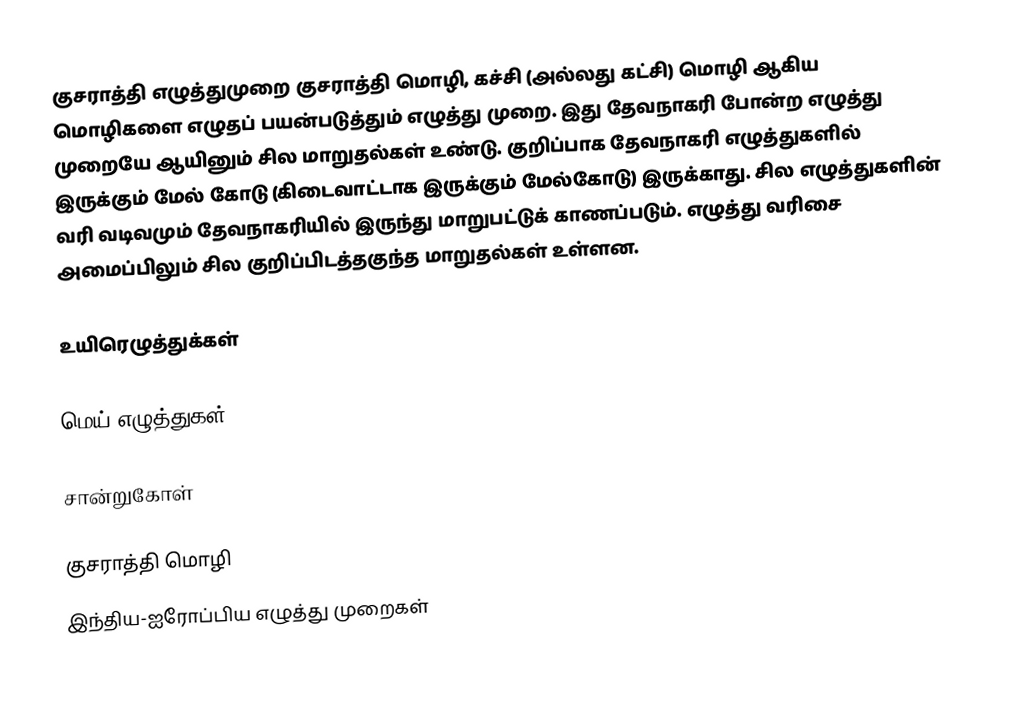
குசராத்தி எழுத்துமுறை குசராத்தி மொழி, கச்சி (அல்லது கட்சி) மொழி ஆகிய மொழிகளை எழுதப் பயன்படுத்தும் எழுத்து முறை. இது தேவநாகரி போன்ற எழுத்து முறையே ஆயினும் சில மாறுதல்கள் உண்டு. குறிப்பாக தேவநாகரி எழுத்துகளில் இருக்கும் மேல் கோடு (கிடைவாட்டாக இருக்கும் மேல்கோடு) இருக்காது. சில எழுத்துகளின் வரி வடிவமும் தேவநாகரியில் இருந்து மாறுபட்டுக் காணப்படும். எழுத்து வரிசை அமைப்பிலும் சில குறிப்பிடத்தகுந்த மாறுதல்கள் உள்ளன.

உயிரெழுத்துக்கள்

மெய் எழுத்துகள்

சான்றுகோள்

குசராத்தி மொழி
இந்திய-ஐரோப்பிய எழுத்து முறைகள்